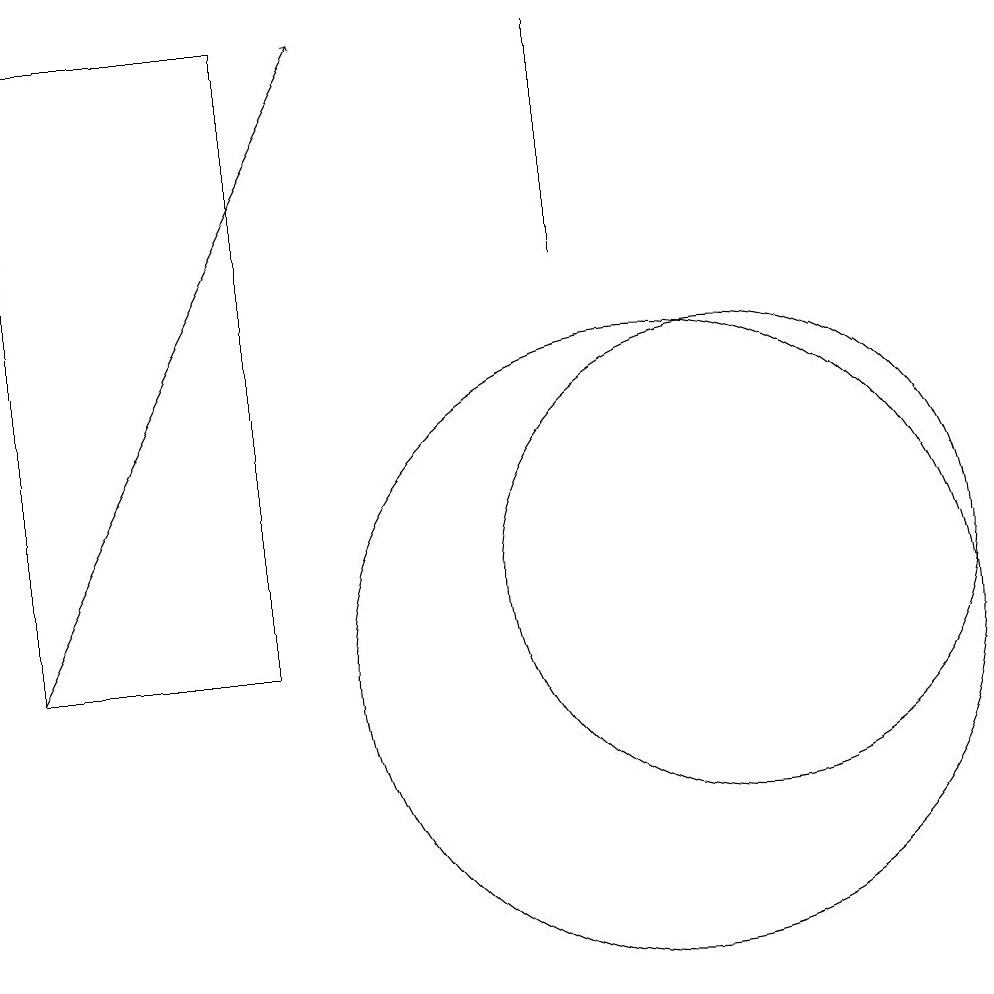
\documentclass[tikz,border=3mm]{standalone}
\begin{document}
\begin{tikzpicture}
\draw (9,15) rectangle (9,18);
\draw (11,11) circle (3);
\draw[->] (2,10) -- (6,18);
\draw (10,10) circle (4);
\draw (2,18) rectangle (5,10);
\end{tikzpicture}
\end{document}